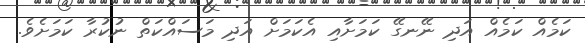
ކަމެއް ކަމެއް އަދި ނޭނގޭ ކަމަށާއި އެކަމަށް އަދި މަސައްކަތް ނުކުރާ ކަމަށެވެ.